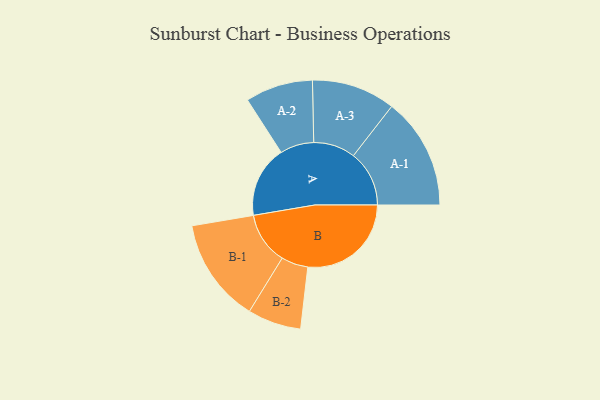
{"axis": {"x": "Segment", "y": "Value"}, "legend": ["", "A", "B"], "data": [{"x": "A", "y": 296, "type": ""}, {"x": "B", "y": 428, "type": ""}, {"x": "A-1", "y": 231, "type": "A"}, {"x": "A-2", "y": 140, "type": "A"}, {"x": "A-3", "y": 173, "type": "A"}, {"x": "B-1", "y": 216, "type": "B"}, {"x": "B-2", "y": 111, "type": "B"}]}